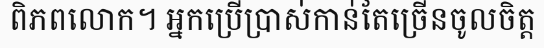
ពិភពលោក។ អ្នកប្រើប្រាស់កាន់តែច្រើនចូលចិត្ត